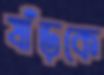
ষাঁড়কে